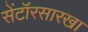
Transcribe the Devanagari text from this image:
सेंटॉरसारखा